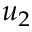
u _ { 2 }